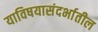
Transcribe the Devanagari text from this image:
याविषयासंदर्भातील